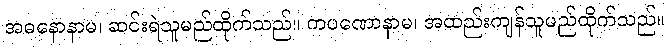
အဓနောနာမ၊ ဆင်းရဲသူမည်ထိုက်သည်။ ကပဏောနာမ၊ အထည်းကျန်သူမည်ထိုက်သည်။